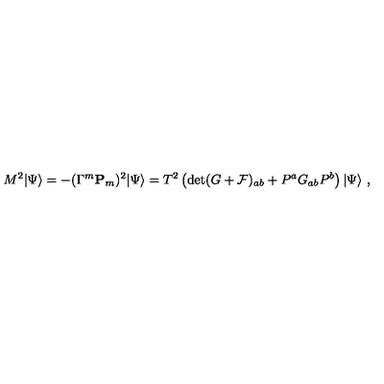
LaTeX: M ^ { 2 } | \Psi \rangle = - ( \Gamma ^ { m } { \bf P } _ { m } ) ^ { 2 } | \Psi \rangle = T ^ { 2 } \left( \det ( G + { \cal F } ) _ { a b } + P ^ { a } G _ { a b } P ^ { b } \right) | \Psi \rangle \ ,